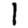
Digit: 1